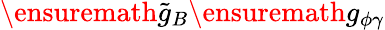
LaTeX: \ensuremath{\tilde{g}_{B}}\ensuremath{g_{\phi\gamma}}